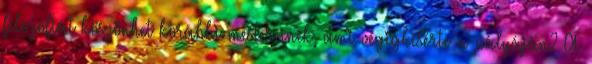
filozófiát köszönhet korábbi mestereinek, ami végigkísérte a pályáján? A